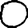
Digit: 0